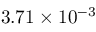
3 . 7 1 \times 1 0 ^ { - 3 }